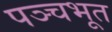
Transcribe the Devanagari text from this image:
पञ्चभूत